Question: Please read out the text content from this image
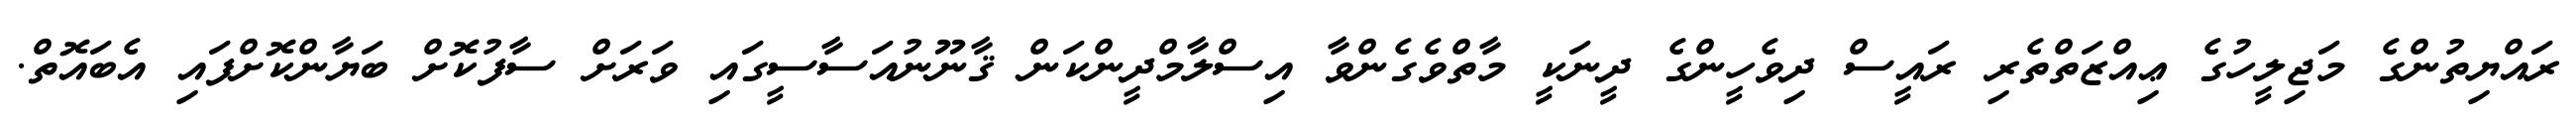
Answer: ރައްޔިތުންގެ މަޖިލީހުގެ ޢިއްޒަތްތެރި ރައީސް ދިވެހީންގެ ދީނަކީ މާތްވެގެންވާ އިސްލާމްދީންކަން ޤާނޫނުއަސާސީގައި ވަރަށް ސާފުކޮށް ބަޔާންކޮށްފައި އެބައޮތް.